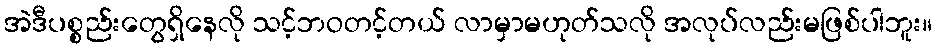
အဲဒီပစ္စည်းတွေရှိနေလို သင့်ဘဝတင့်တယ် လာမှာမဟုတ်သလို အလုပ်လည်းမဖြစ်ပါဘူး။